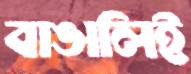
বাঙালিই